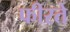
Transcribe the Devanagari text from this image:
फीरते